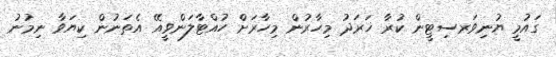
ގައުމީ ޔުނިވަރސިޓީން ކުރާ ޚަރަދު މިހާރުން މިހާރަށް ހުއްޓާލަންވީއޭ އެތަނުން ކިޔަވާ ނިމުނު